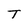
Character: T